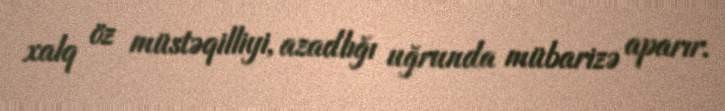
xalq öz müstəqilliyi, azadlığı uğrunda mübarizə aparır.